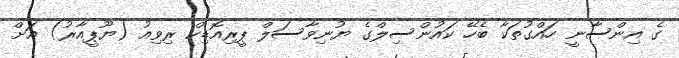
ގެ އިންސާނީ ހައްގުތަކާ ބެހޭ ކައުންސިލްގެ ޔުނިވާސަލް ޕީރިއޮޑިކް ރިވިއު (ޔޫޕީއާރު) އަށް